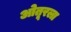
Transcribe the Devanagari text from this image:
ओतूरला